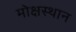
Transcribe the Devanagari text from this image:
मोक्षस्थान